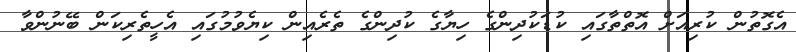
އެގޮތުން ކުރިއަށް އޮތްތާގައި ކުޑަކުދިންގެ ހިޔާގެ ކުދިންގެ ތެރެއިން ކިޔެވުމުގައި އެހީތެރިކަން ބޭނުންވާ